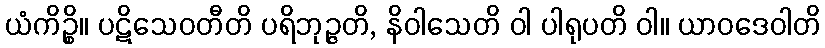
ယံကိဉ္စိ။ ပဋိသေဝတီတိ ပရိဘုဉ္ဇတိ, နိဝါသေတိ ဝါ ပါရုပတိ ဝါ။ ယာဝဒေဝါတိ